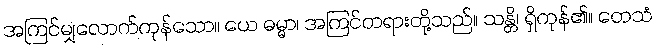
အကြင်မျှလောက်ကုန်သော။ ယေ ဓမ္မာ၊ အကြင်တရားတို့သည်။ သန္တိ၊ ရှိကုန်၏။ တေသံ